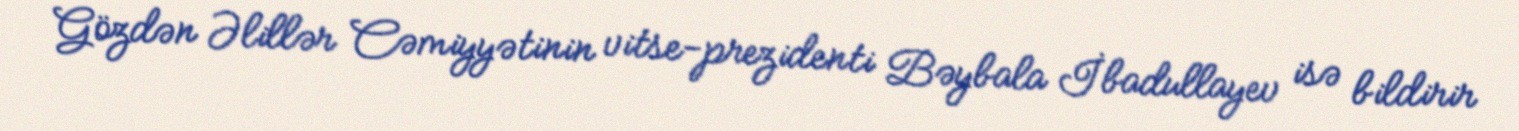
Gözdən Əlillər Cəmiyyətinin vitse-prezidenti Bəybala İbadullayev isə bildirir